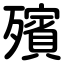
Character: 殯